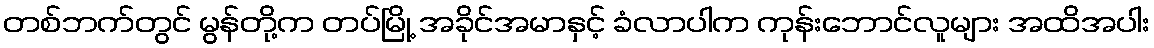
တစ်ဘက်တွင် မွန်တို့က တပ်မြို့ အခိုင်အမာနှင့် ခံလာပါက ကုန်းဘောင်လူများ အထိအပါး